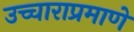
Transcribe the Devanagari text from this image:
उच्चाराप्रमाणे